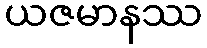
ယဇမာနဿ